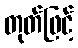
တုတ်ဖြင့်